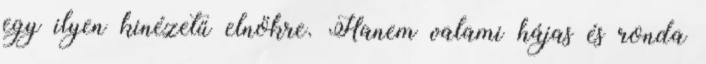
egy ilyen kinézetű elnökre. Hanem valami hájas és ronda